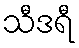
သီဒရီ